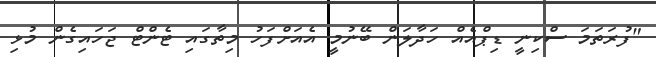
"ފުރަތަމަ ސްކިނީ ޑިޕްއެއް ހަދާލަން ބޭނުމީ އެއަށްފަހު މިތާގައި ޓެންޓް ޖަހައިގެން މުޅި